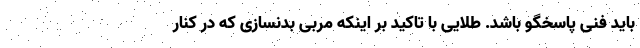
باید فنی پاسخگو باشد. طلایی با تاکید بر اینکه مربی بدنسازی که در کنار